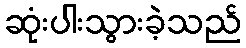
ဆုံးပါးသွားခဲ့သည်